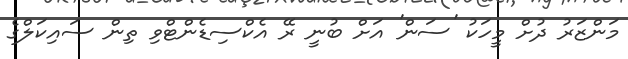
މަންޒަރު ދުށް މީހަކު 'ސަން' އަށް ބުނީ ރޭ އެކްސިޑެންޓްވި ތިން ސައިކަލްގެ